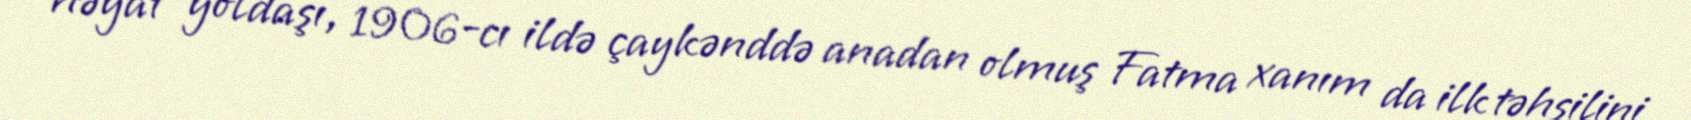
həyat yoldaşı, 1906-cı ildə çaykənddə anadan olmuş Fatma xanım da ilk təhsilini